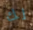
لك